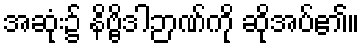
အဆုံး၌ နိဗ္ဗိဒါဉာဏ်ကို ဆိုအပ်၏။